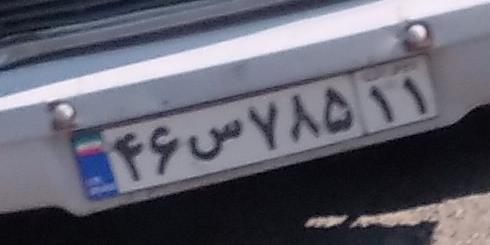
۴۶س۷۸۵۱۱